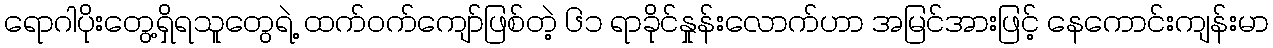
ရောဂါပိုးတွေ့ရှိရသူတွေရဲ့ ထက်ဝက်ကျော်ဖြစ်တဲ့ ၆၁ ရာခိုင်နှုန်းလောက်ဟာ အမြင်အားဖြင့် နေကောင်းကျန်းမာ